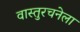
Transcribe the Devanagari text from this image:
वास्तुरचनेला